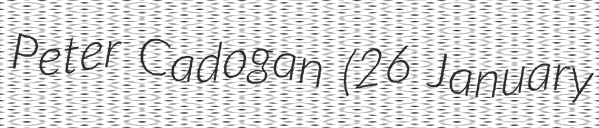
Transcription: Peter Cadogan (26 January